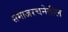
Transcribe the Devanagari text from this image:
समाजरचनेतील